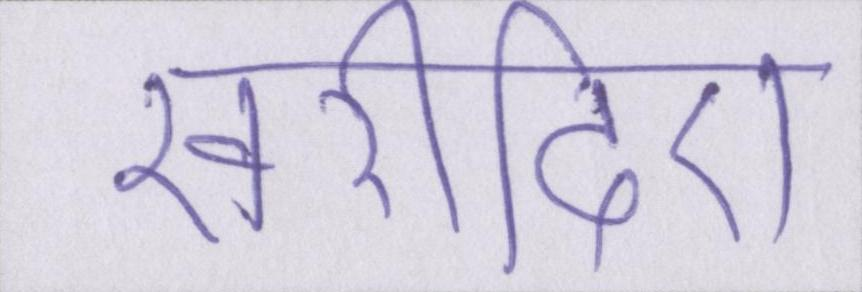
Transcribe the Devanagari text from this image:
खरीदिए